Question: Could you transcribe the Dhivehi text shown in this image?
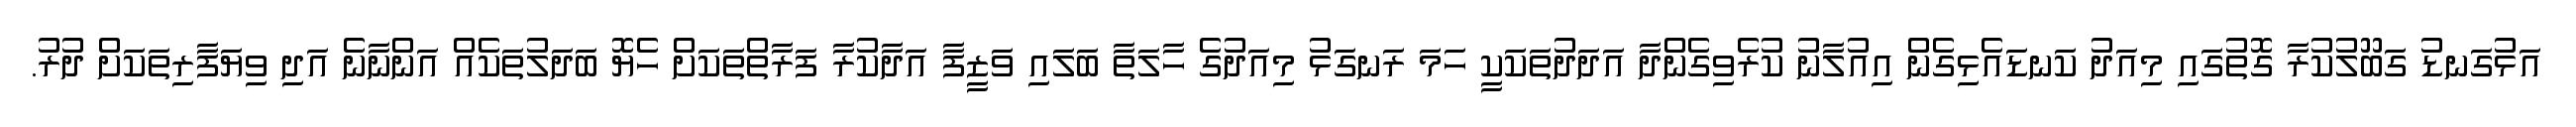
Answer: އަޅުގަނޑު ގަބޫލުކުރާ ގޮތުގައި މިއަދު ކަނޑައެޅިގެން އިއުލާނު ކުރެވިގެންދާ އަދަދުތަކަކީ ހަމަ ރަނގަޅު މިއަދުގެ ހާލަތާ ބަލައި ވަޒީފާ އަދާކުރާ ފަރާތްތަކަށް ހެޔޮ ބަދަލުތަކެއް އަންނާނެ އަދި ވިޔަފާރިތަކަށް ދުރު.